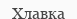
Хлавка